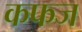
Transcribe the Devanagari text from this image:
कफज